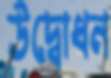
উদ্বোধন